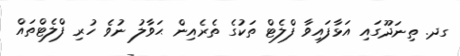
ގދ. ތިނަދޫގައި އަޅާފައިވާ ފްލެޓް ތަކުގެ ތެރެއިން ޙަވާލު ނުވެ ހުރި ފްލެޓްތައް